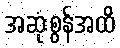
အဆုံးစွန်အထိ